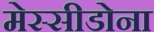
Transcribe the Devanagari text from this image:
मेस्सीडोना